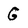
Character: G